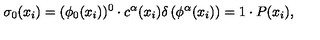
\sigma _ { 0 } ( x _ { i } ) = ( \phi _ { 0 } ( x _ { i } ) ) ^ { 0 } \cdot c ^ { \alpha } ( x _ { i } ) \delta \left( \phi ^ { \alpha } ( x _ { i } ) \right) = 1 \cdot P ( x _ { i } ) ,